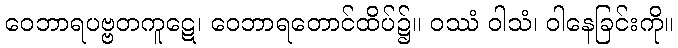
ဝေဘာရပဗ္ဗတကူဋေ၊ ဝေဘာရတောင်ထိပ်၌။ ဝဿံ ဝါသံ၊ ဝါနေခြင်းကို။